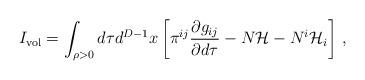
LaTeX: \begin{align*}I_{\rm vol} = \int_{\rho >0} d\tau d^{D-1}x \left[\pi^{ij}\frac{\partial g_{ij}}{\partial d\tau}-N{\cal H} -N^i{\cal H}_i\right]\,,\end{align*}